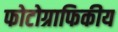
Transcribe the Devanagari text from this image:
फोटोग्राफिकीय